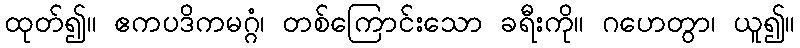
ထုတ်၍။ ဧကပဒိကမဂ္ဂံ၊ တစ်ကြောင်းသော ခရီးကို။ ဂဟေတွာ၊ ယူ၍။